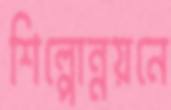
শিল্পোন্নয়নে